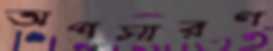
অপসারণ